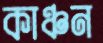
কাঞ্চন